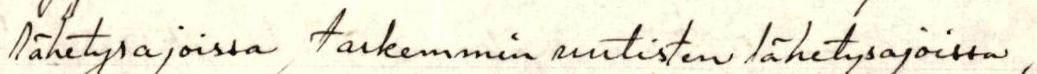
lähetysajoissa, tarkemmin uutisten lähetysajoissa,